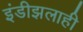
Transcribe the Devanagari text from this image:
इंडीझलाही